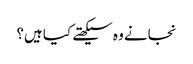
نجانے وہ سیکھتے کیا ہیں؟